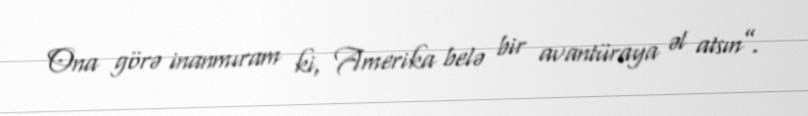
Ona görə inanmıram ki, Amerika belə bir avantüraya əl atsın”.